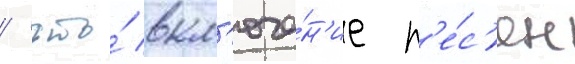
/ что́ вкл'юче́н'ие п'е́с'ен